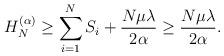
LaTeX: \begin{align*}H_N^{(\alpha)}\geq\sum_{i=1}^{N}S_i +\frac{N\mu\lambda}{2\alpha}\geq\frac{N\mu\lambda}{2\alpha}.\end{align*}